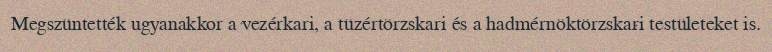
Megszüntették ugyanakkor a vezérkari, a tüzértörzskari és a hadmérnöktörzskari testületeket is.